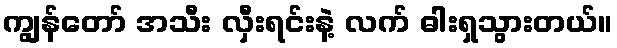
ကျွန်တော် အသီး လှီးရင်းနဲ့ လက် ဓါးရှသွားတယ်။